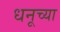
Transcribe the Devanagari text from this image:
धनूच्या